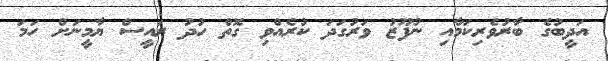
އަދީބުގެ ބާރުވެރިކަމާއި ނުފޫޒު ވަރުގަދަ ކުރެއްވި ގޮތް ހުދު ރައީސް ޔާމީނަށް ހަމަ